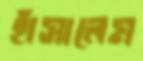
হাঁসালেম